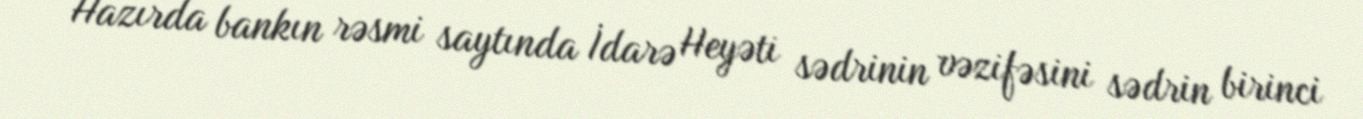
Hazırda bankın rəsmi saytında İdarə Heyəti sədrinin vəzifəsini sədrin birinci